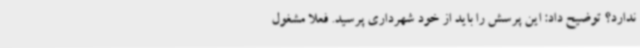
ندارد؟ توضیح داد: این پرسش را باید از خود شهرداری پرسید. فعلا مشغول